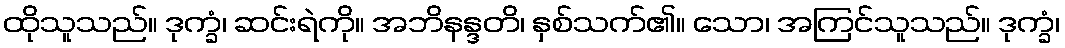
ထိုသူသည်။ ဒုက္ခံ၊ ဆင်းရဲကို။ အဘိနန္ဒတိ၊ နှစ်သက်၏။ သော၊ အကြင်သူသည်။ ဒုက္ခံ၊